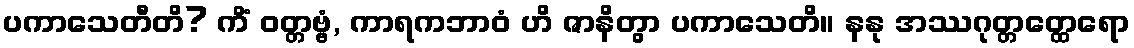
ပကာသေတီတိ? ကိံ ဝတ္တဗ္ဗံ, ကာရကဘာဝံ ဟိ ဇာနိတွာ ပကာသေတိ။ နနု အဿဂုတ္တတ္ထေရော